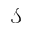
\mathcal { S }